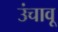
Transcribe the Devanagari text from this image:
उंचावू